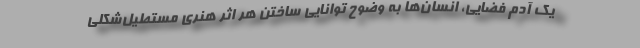
یک آدم فضایی، انسان‌ها به وضوح توانایی ساختن هر اثر هنری مستطیل‌شکلی